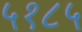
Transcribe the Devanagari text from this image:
५१८५